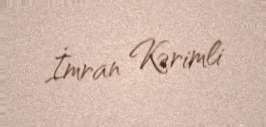
İmran Kərimli